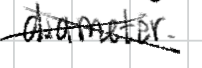
Text: diameter.
Cross-out: cross
Writing tool: digital_black